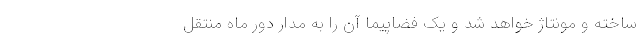
ساخته و مونتاژ خواهد شد و یک فضاپیما آن را به مدار دور ماه منتقل